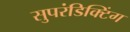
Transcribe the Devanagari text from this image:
सुपरंडिक्टिंग